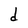
Character: d